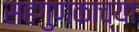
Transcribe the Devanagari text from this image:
सहगुणकाच्या